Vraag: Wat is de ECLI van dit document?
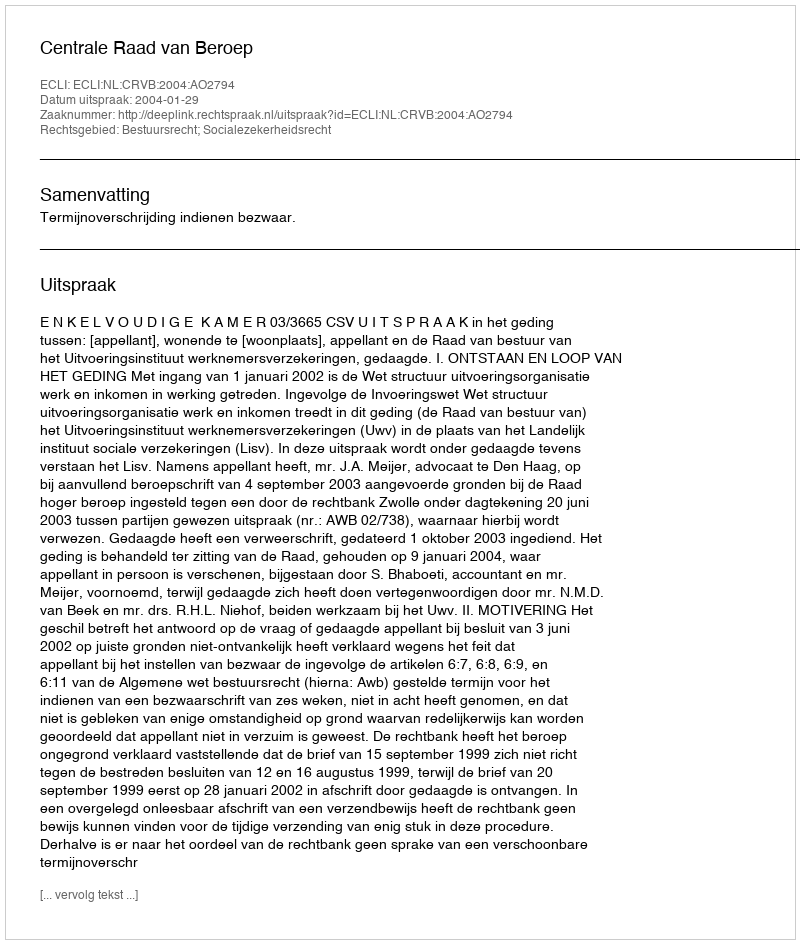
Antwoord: ECLI:NL:CRVB:2004:AO2794